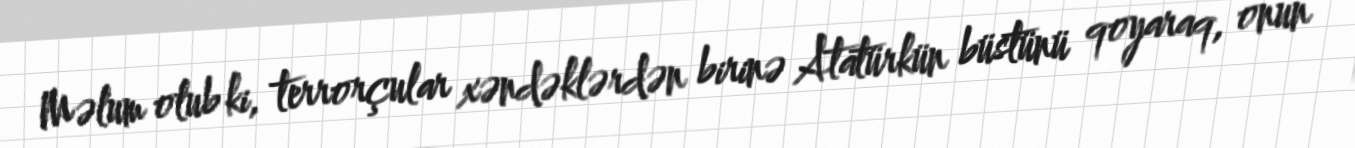
Məlum olub ki, terrorçular xəndəklərdən birinə Atatürkün büstünü qoyaraq, onun